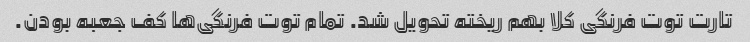
تارت توت فرنگی کلا بهم ریخته تحویل شد. تمام توت فرنگی‌ها کف جعبه بودن.